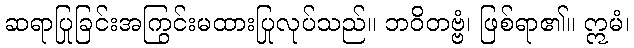
ဆရာပြုခြင်းအကြွင်းမထားပြုလုပ်သည်။ ဘဝိတဗ္ဗံ၊ ဖြစ်ရာ၏။ ဣမံ၊